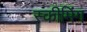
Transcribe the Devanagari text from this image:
स्कीमिंग